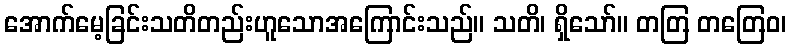
အောက်မေ့ခြင်းသတိတည်းဟူသောအကြောင်းသည်။ သတိ၊ ရှိသော်။ တတြ တတြေဝ၊